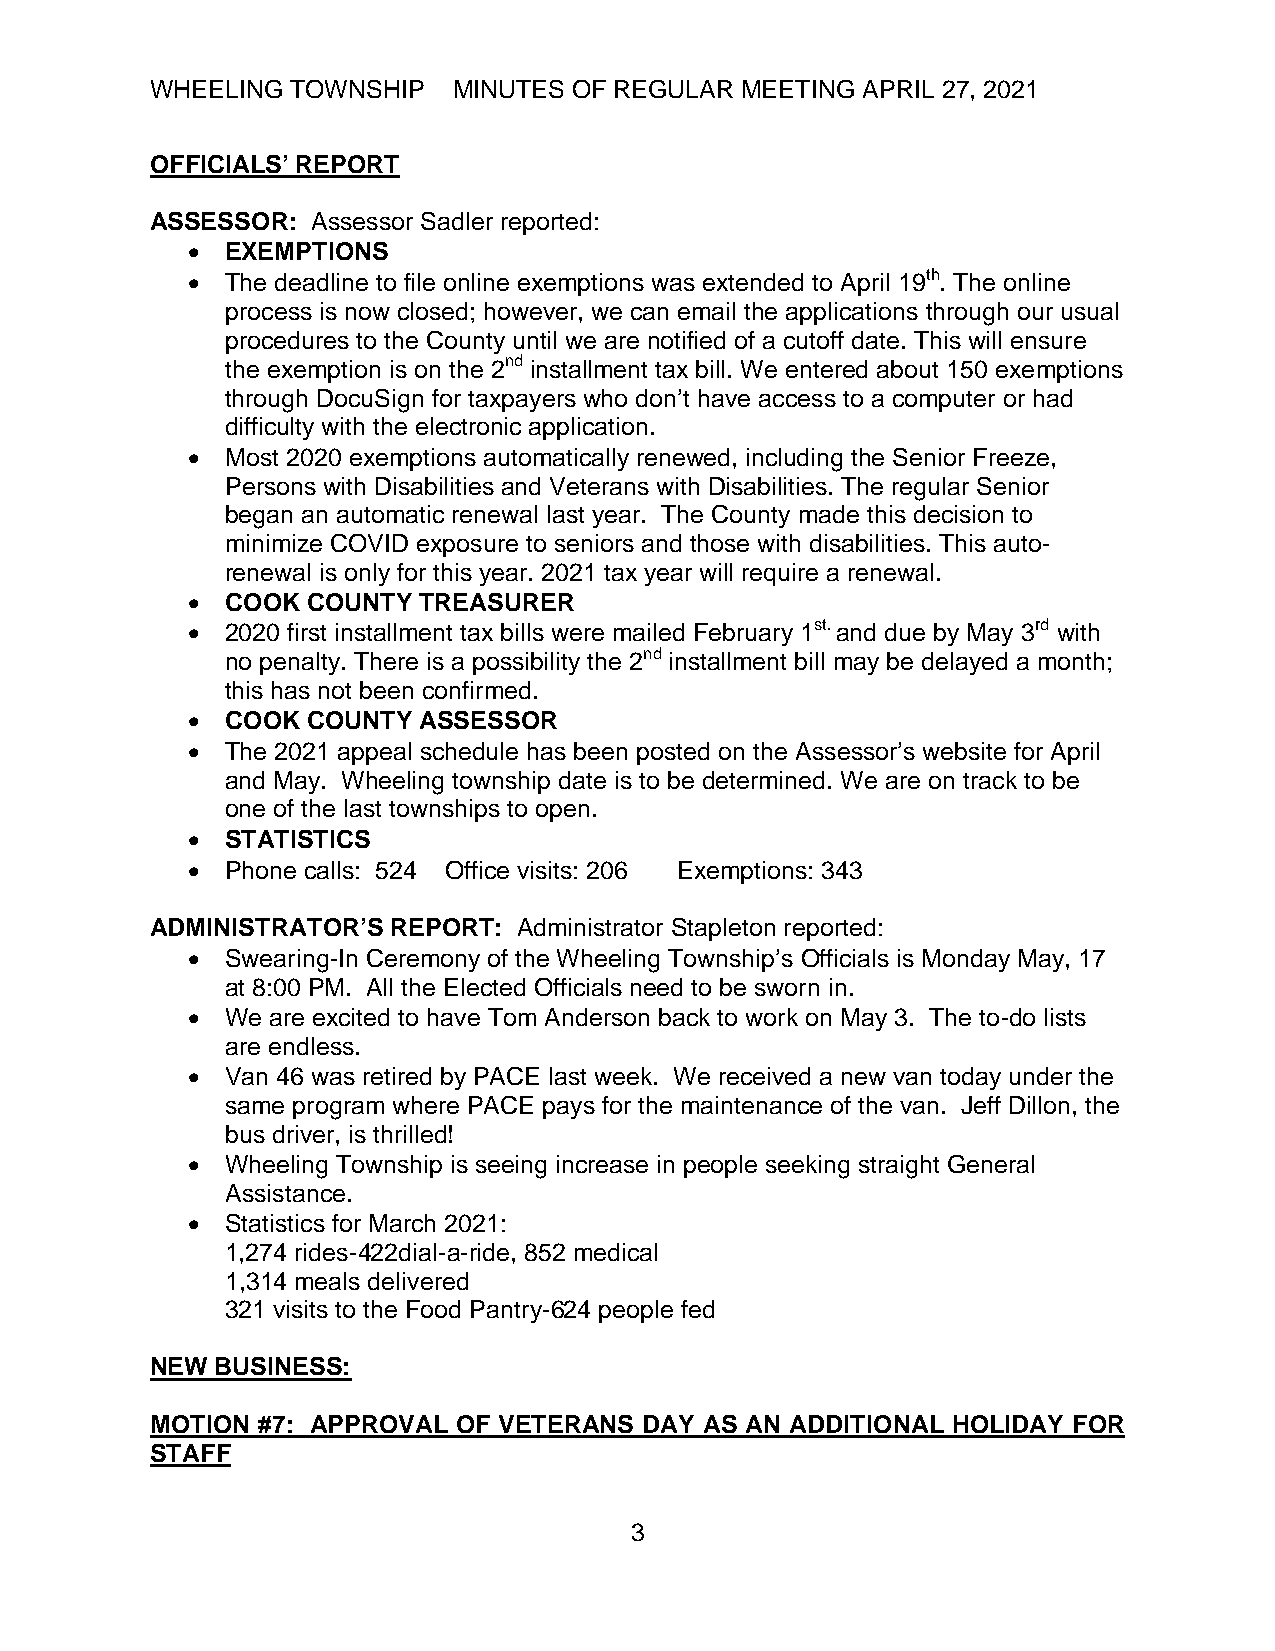
WHEELING TOWNSHIP   MINUTES OF REGULAR MEETING APRIL 27, 2021
 OFFICIALS’ REPORT
 ASSESSOR:  Assessor Sadler reported:
   EXEMPTIONS
   The deadline to file online exemptions was extended to April 19th. The online
 process is now closed; however, we can email the applications through our usual
 procedures to the County until we are notified of a cutoff date. This will ensure
 the exemption is on the 2nd installment tax bill. We entered about 150 exemptions
 through DocuSign for taxpayers who don’t have access to a computer or had
 difficulty with the electronic application.
   Most 2020 exemptions automatically renewed, including the Senior Freeze,
 Persons with Disabilities and Veterans with Disabilities. The regular Senior
 began an automatic renewal last year. The County made this decision to
 minimize COVID exposure to seniors and those with disabilities. This auto-
 renewal is only for this year. 2021 tax year will require a renewal.
   COOK COUNTY  TREASURER
   2020 first installment tax bills were mailed February 1st. and due by May 3rd with
 no penalty. There is a possibility the 2nd installment bill may be delayed a month;
 this has not been confirmed.
   COOK COUNTY  ASSESSOR
   The 2021 appeal schedule has been posted on the Assessor’s website for April
 and May. Wheeling township date is to be determined. We are on track to be
 one of the last townships to open.
   STATISTICS
   Phone calls: 524 Office visits: 206 Exemptions: 343
 ADMINISTRATOR’S REPORT: Administrator Stapleton reported:
   Swearing-In Ceremony of the Wheeling Township’s Officials is Monday May, 17
 at 8:00 PM. All the Elected Officials need to be sworn in.
   We are excited to have Tom Anderson back to work on May 3. The to-do lists
 are endless.
   Van 46 was retired by PACE last week. We received a new van today under the
 same program where PACE pays for the maintenance of the van. Jeff Dillon, the
 bus driver, is thrilled!
   Wheeling Township is seeing increase in people seeking straight General
 Assistance.
   Statistics for March 2021:
 1,274 rides-422dial-a-ride, 852 medical
 1,314 meals delivered
 321 visits to the Food Pantry-624 people fed
 NEW BUSINESS:
 MOTION #7: APPROVAL OF VETERANS  DAY AS AN ADDITIONAL HOLIDAY FOR
 STAFF
 3